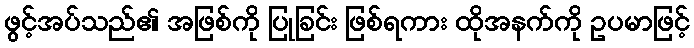
ဖွင့်အပ်သည်၏ အဖြစ်ကို ပြုခြင်း ဖြစ်ရကား ထိုအနက်ကို ဥပမာဖြင့်